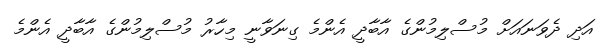
އަދި ދެވަނައަށް މުސްލިމުންގެ އާބާދީ އެންމެ ގިނަވާނީ މިހާރު މުސްލިމުންގެ އާބާދީ އެންމެ